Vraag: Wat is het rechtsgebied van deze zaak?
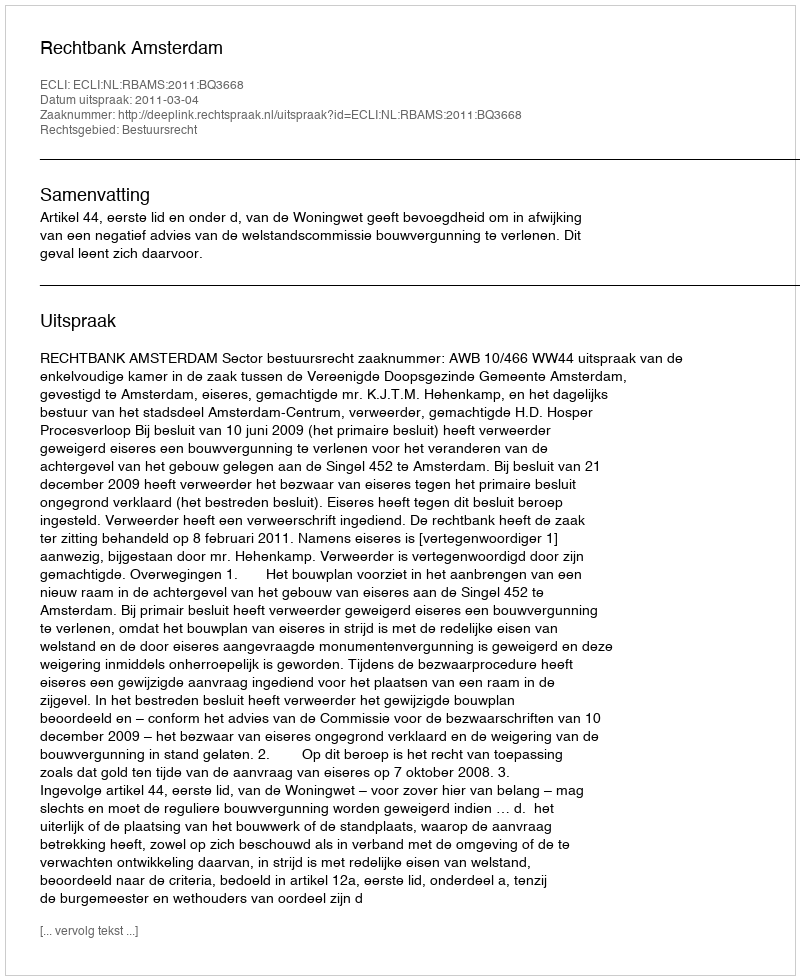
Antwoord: Bestuursrecht